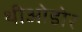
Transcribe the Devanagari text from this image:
थीओडोर